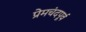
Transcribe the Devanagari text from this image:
प्रेमचंदपूर्व